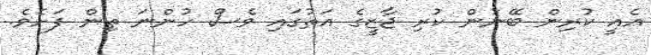
އެއީ ކުރިން ބޭނުން ކުރި ޖާޒީގެ އަތުގައި ވެސް ހުންނަ ތިން ފަށެވެ.